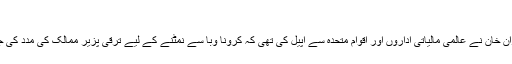
'
واضح رہے کہ چند روز قبل وزیراعظم عمران خان نے عالمی مالیاتی اداروں اور اقوام متحدہ سے اپیل کی تھی کہ کرونا وبا سے نمٹنے کے لیے ترقی پزیر ممالک کی مدد کی جائے اور انہیں قرضوں میں ریلیف دیا جائے۔